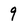
Character: 9